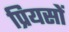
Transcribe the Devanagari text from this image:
प्रियसों